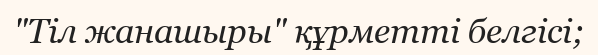
"Тіл жанашыры" құрметті белгісі;